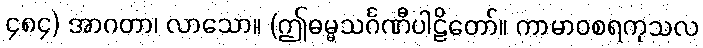
၄၈၄) အာဂတာ၊ လာသော။ (ဤဓမ္မသင်္ဂဏီပါဠိတော်။ ကာမာဝစရကုသလ